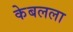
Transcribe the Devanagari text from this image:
केबलला